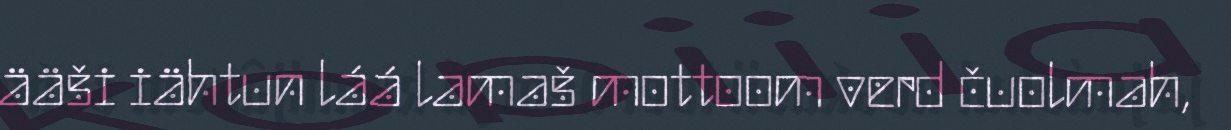
ääši iähtun láá lamaš mottoom verd čuolmah,